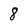
Character: 8